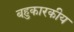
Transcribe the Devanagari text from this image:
बहुकारकीय